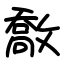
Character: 敿